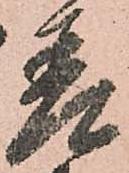
差